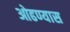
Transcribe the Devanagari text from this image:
ओढण्यास